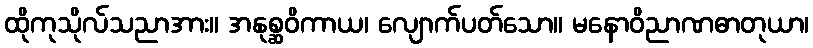
ထိုကုသိုလ်သညာအား။ အနုစ္ဆဝိကာယ၊ လျောက်ပတ်သော။ မနောဝိညာဏဓာတုယာ၊